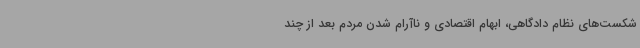
شکست‌های نظام دادگاهی، ابهام اقتصادی و ناآرام شدن مردم بعد از چند